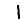
Digit: 1